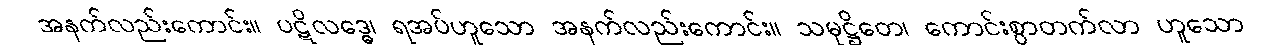
အနက်လည်းကောင်း။ ပဋိလဒ္ဓေ၊ ရအပ်ဟူသော အနက်လည်းကောင်း။ သမုဋ္ဌိတေ၊ ကောင်းစွာတက်လာ ဟူသော